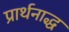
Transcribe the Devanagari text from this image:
प्रार्थनाद्ध